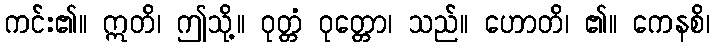
ကင်း၏။ ဣတိ၊ ဤသို့။ ဝုတ္တံ ဝုတ္တော၊ သည်။ ဟောတိ၊ ၏။ ကေနစိ၊